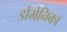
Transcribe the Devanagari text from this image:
डोमेनिका